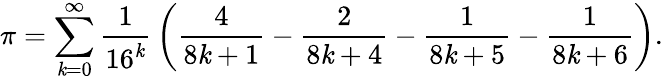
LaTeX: \pi=\sum_{\mathit{k}=0}^{\infty}{\frac{{1}}{{16^{\mathit{k}}}}}\left({\frac{{4}}{{8\mathit{k}+1}}}-{\frac{{2}}{{8\mathit{k}+4}}}-{\frac{{1}}{{8\mathit{k}+5}}}-{\frac{{1}}{{8\mathit{k}+6}}}\right).